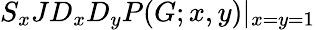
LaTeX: S_{x}JD_{x}D_{y}P(G;x,y)|_{x=y=1}